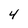
Character: 4